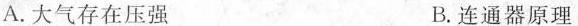
A.大气存在压强 B.连通器原理